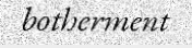
botherment